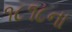
૧૮૧૮ના